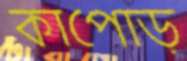
কাপোড়